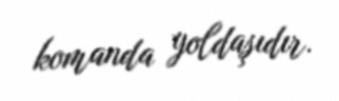
komanda yoldaşıdır.